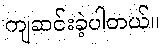
ကျဆင်းခဲ့ပါတယ်။